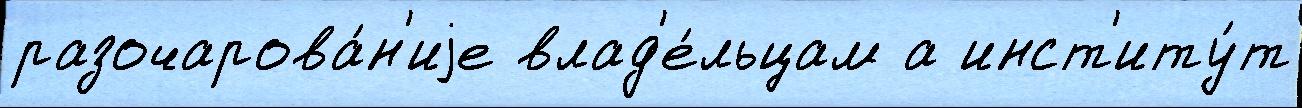
разочарова́н'иjе влад'е́льцам а инст'иту́т